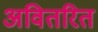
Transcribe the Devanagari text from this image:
अवितरित